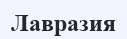
Лавразия